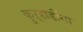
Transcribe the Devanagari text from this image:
कुऱ्हाडींना